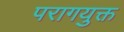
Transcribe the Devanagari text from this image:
परागयुक्त